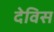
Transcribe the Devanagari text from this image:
देविस